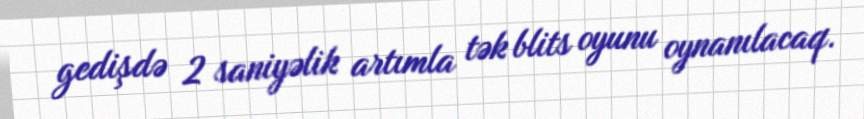
gedişdə 2 saniyəlik artımla tək blits oyunu oynanılacaq.